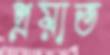
প্রয়াত